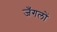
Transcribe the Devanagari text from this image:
जँगलों